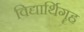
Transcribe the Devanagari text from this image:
विद्यार्थिगॄह